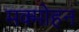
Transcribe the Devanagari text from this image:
मक्मोहन